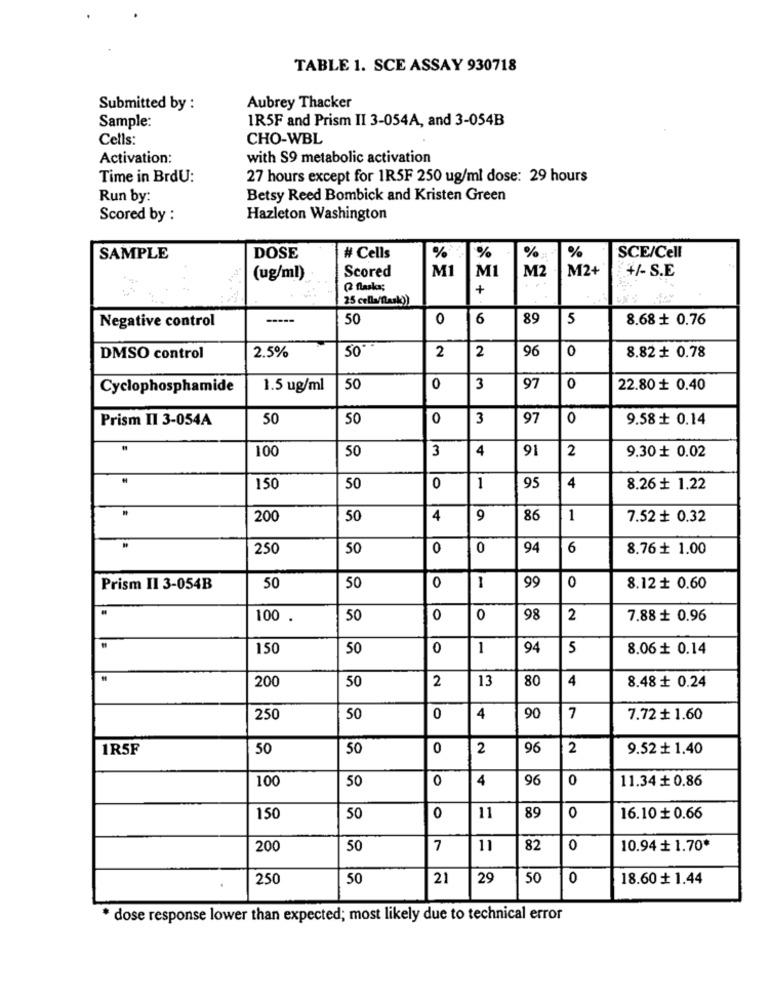
TABLE 1. SCE ASSAY 930718
Submitted by :
Aubrey Thacker
1R5F and Prism II 3-054A, and 3-054B
Sample:
Cells:
CHO-WBL
Activation:
with S9 metabolic activation
Time in BrdU:
27 hours except for 1R5F 250 ug/ml dose: 29 hours
Run by:
Betsy Reed Bombick and Kristen Green
Scored by :
Hazleton Washington
%
%
SAMPLE
DOSE
# Cells
%
SCE/Cell
Scored
M1
MI
M2
M2+
+/- S.E
(ug/ml)
(2 flasks;
+
25 cella/flasko)
Negative control
-----
50
0
6
89
5
8.68 + 0.76
50
2
96
0
8.82 + 0.78
DMSO control
2.5%
2
Cyclophosphamide
1.5 ug/ml
50
0
3
97
0
22.80 ₺ 0.40
Prism II 3-054A
50
50
0
3
97
0
9.58 + 0.14
100
3
4
91
2
9.30 + 0.02
50
150
50
0
1
95
4
8.26 + 1.22
200
50
4
9
86
1
7.52 + 0.32
250
50
0
0
94
6
8.76 1.00
50
99
Prism II 3-054B
50
0
1
0
8.12 + 0.60
100 .
50
0
0
98
2
7.88 ₺ 0.96
150
50
0
1
94
5
8.06 + 0.14
200
50
2
13
80
4
8.48 ₺ 0.24
250
50
0
4
90
7
7.72 + 1.60
1R5F
50
50
0
2
96
2
9.52 + 1.40
100
0
4
96
0
11.34 + 0.86
50
150
50
0
11
89
0
16.10 + 0.66
200
50
7
11
82
0
10.94 + 1.70*
250
50
21
29
50
0
18.60 + 1.44
* dose response lower than expected; most likely due to technical error